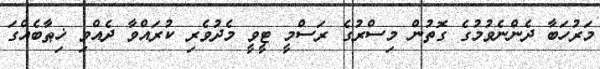
މަރުހަބާ ދެންނެވުމުގެ ގޮތުން މިސްރުގެ ރަސްމީ ޓީވީ މެދުވެރި ކުރައްވާ ދެއްވި ޚިޠާބެއްގަ